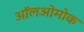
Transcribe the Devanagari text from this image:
ऑलओमोक